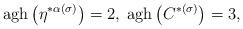
LaTeX: \begin{align*}\mathrm{agh}\left( \eta ^{*\alpha (\sigma )}\right) =2,\;\mathrm{agh}\left(C^{*(\sigma )}\right) =3, \end{align*}